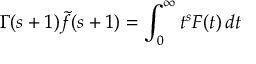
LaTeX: \Gamma ( s + 1 ) { \tilde { f } } ( s + 1 ) = \int _ { 0 } ^ { \infty } t ^ { s } F ( t ) \, d t